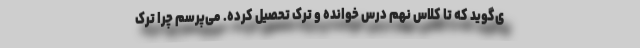
ی‌گوید که تا کلاس نهم درس خوانده و ترک تحصیل کرده. می‌پرسم چرا ترک